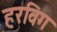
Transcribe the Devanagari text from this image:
हरविग